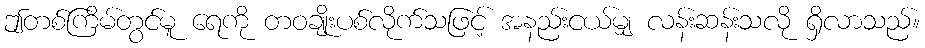
ဤတစ်ကြိမ်တွင်မူ ရေကို တဝချိုးပစ်လိုက်သဖြင့် အနည်းငယ်မျှ လန်းဆန်းသလို ရှိလာသည်။